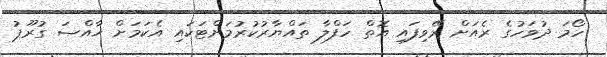
ހޯމަ ދުވަހުގެ ރެއަށް ރޭވިފައި އޮތް ހަފްލާ ތައްޔާރުކުރުމަށްޓަކައި އެކަމަށް ޚާއްޞަ ގުރޫޕު